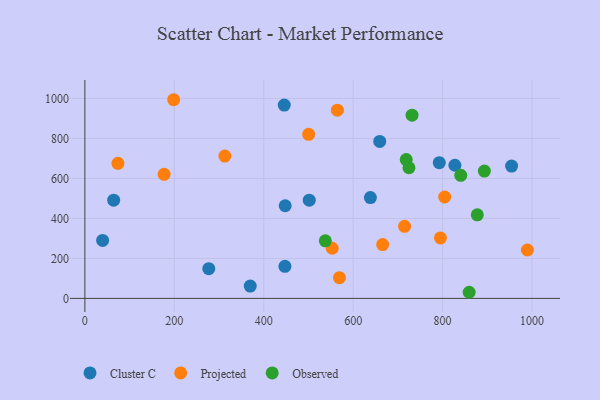
{"axis": {"x": "Ad Spend", "y": "Fuel Efficiency"}, "legend": ["Cluster C", "Observed", "Projected"], "data": [{"x": "954.3", "y": 661.6, "type": "Cluster C"}, {"x": "792.6", "y": 678.8, "type": "Cluster C"}, {"x": "827.5", "y": 665.9, "type": "Cluster C"}, {"x": "39.7", "y": 289.9, "type": "Cluster C"}, {"x": "659.4", "y": 785.1, "type": "Cluster C"}, {"x": "447.4", "y": 160.6, "type": "Cluster C"}, {"x": "638.5", "y": 504.3, "type": "Cluster C"}, {"x": "445.9", "y": 966.7, "type": "Cluster C"}, {"x": "448.0", "y": 463.3, "type": "Cluster C"}, {"x": "277.1", "y": 148.6, "type": "Cluster C"}, {"x": "501.8", "y": 491.4, "type": "Cluster C"}, {"x": "369.8", "y": 61.6, "type": "Cluster C"}, {"x": "64.4", "y": 491.2, "type": "Cluster C"}, {"x": "313.1", "y": 711.8, "type": "Projected"}, {"x": "666.0", "y": 269.1, "type": "Projected"}, {"x": "989.6", "y": 242.1, "type": "Projected"}, {"x": "569.3", "y": 103.5, "type": "Projected"}, {"x": "500.5", "y": 820.4, "type": "Projected"}, {"x": "795.2", "y": 302.2, "type": "Projected"}, {"x": "73.9", "y": 675.3, "type": "Projected"}, {"x": "804.7", "y": 507.1, "type": "Projected"}, {"x": "715.0", "y": 360.2, "type": "Projected"}, {"x": "198.6", "y": 993.5, "type": "Projected"}, {"x": "177.2", "y": 620.3, "type": "Projected"}, {"x": "553.2", "y": 250.8, "type": "Projected"}, {"x": "564.7", "y": 941.0, "type": "Projected"}, {"x": "893.4", "y": 636.7, "type": "Observed"}, {"x": "877.6", "y": 417.8, "type": "Observed"}, {"x": "840.6", "y": 615.4, "type": "Observed"}, {"x": "537.7", "y": 287.7, "type": "Observed"}, {"x": "724.8", "y": 653.3, "type": "Observed"}, {"x": "859.4", "y": 30.6, "type": "Observed"}, {"x": "731.7", "y": 916.4, "type": "Observed"}, {"x": "718.7", "y": 694.3, "type": "Observed"}]}